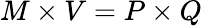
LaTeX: M\times V=P\times Q